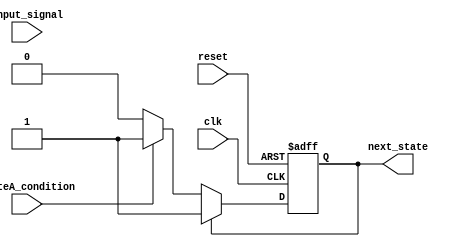
module StateA (
    input wire clk,
    input wire reset,
    input wire input_signal,
    output reg next_state,
    input wire stateA_condition
);

always @(posedge clk or posedge reset) begin
    if (reset) begin
        next_state <= 1'b0;
    end else begin
        case (next_state)
            1'b0: begin
                if (stateA_condition) begin
                    next_state <= 1'b1;
                end
            end
            default: next_state <= next_state;
        endcase
    end
end

endmodule